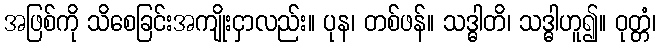
အဖြစ်ကို သိစေခြင်းအကျိုးငှာလည်း။ ပုန၊ တစ်ဖန်။ သဒ္ဓါတိ၊ သဒ္ဓါဟူ၍။ ဝုတ္တံ၊